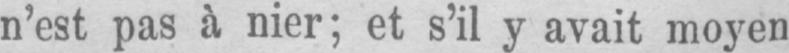
n’est pas à nier; et s’il y avait moyen